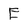
Character: E